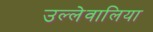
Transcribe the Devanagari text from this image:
उल्लेवालिया